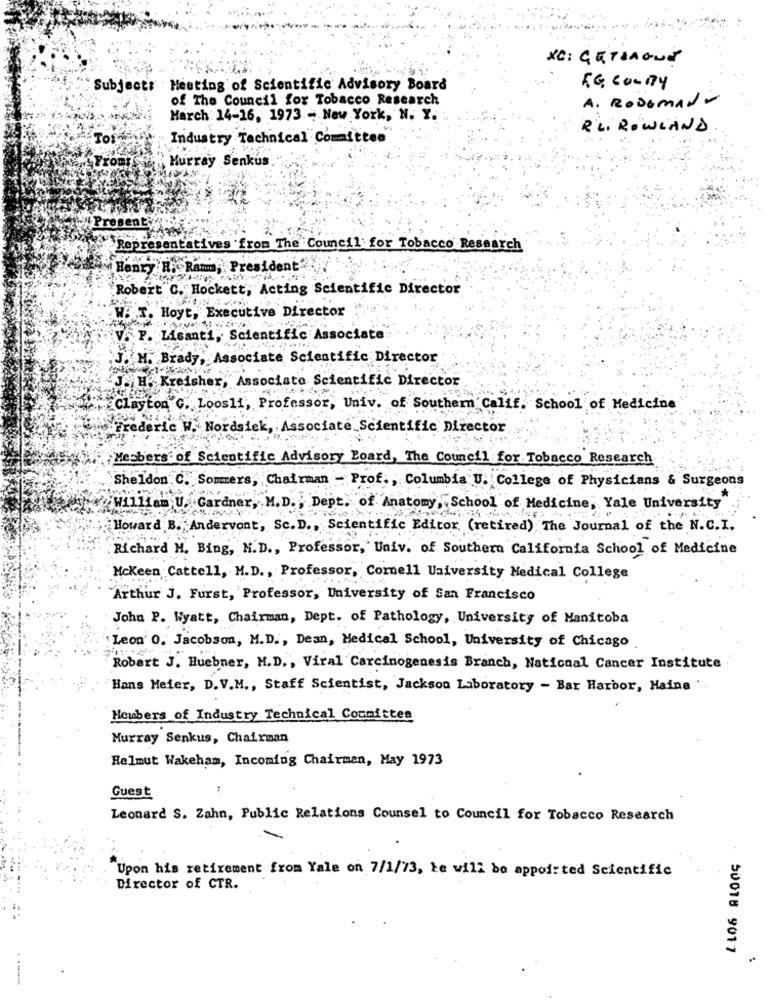
XC: GETSAQUE
f "Subject: Meeting of Scientific Advisory Board
EG, CONITY
of The Council for Tobacco Research
A. Rodomado
March: 14-16, 1973 - New York, N. Y. ..
RLi ROWLAND
Industry Technical Committee
Murray Senkus
Present
Representatives from The Council for Tobacco Research
Henry H. Raum; President"
"Robert C. Hockett, Acting Scientific Director
W.T. Hoyt, Executive Director
V. P. Lisanti, Scientific Associate
J. M. Brady, Associate Scientific Director
J. H. Kreisher, Associato Scientific Director
Clayton G. Loosli, Professor, Univ. of Southern Calif. School of Medicine
Frederic W. Nordsick, Associate Scientific Director
Members of Scientific Advisory Board, The Council for Tobacco Research
Sheldon C. Sommers, Chairman - Prof ., Columbia U. College of Physicians & Surgeons
¥William U. Gardner, M.D .; Dept. of Anatomy, School of Medicine, Yale University
Howard B. Andervont, Sc.D ., Scientific Editor. (retired) The Journal of the N.C.I.
Richard M. Bing, N.D ., Professor, Univ. of Southern California School of Medicine
Mckeen Cattell, M.D ., Professor, Cornell University Medical College
"Arthur J. Furst, Professor, University of San Francisco
John P. Wyatt, Chairman, Dept. of Pathology, University of Manitoba
Leon' 0. Jacobson, M.D ., Dean, Medical School, University of Chicago
Robert J. Huebner, M.D ., Viral Carcinogenesis Branch, National Cancer Institute
Hans Meier, D.V.M ., Staff Scientist, Jackson Laboratory - Bar Harbor, Haine "
Heubers of Industry Technical Committee
Murray Senkus, Chairman
Helmut Wakeham, Incoming Chairman, May 1973
Guest
Leonard S. Zahn, Public Relations Counsel to Council for Tobacco Research
Upon his retirement from Yale on 7/1/73, ke will be appointed Scientific
Director of CTR.
50018 9017